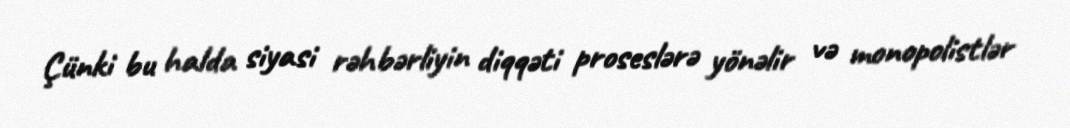
Çünki bu halda siyasi rəhbərliyin diqqəti proseslərə yönəlir və monopolistlər